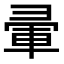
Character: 𭛒